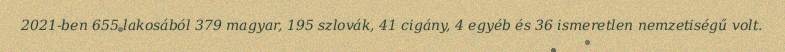
2021-ben 655 lakosából 379 magyar, 195 szlovák, 41 cigány, 4 egyéb és 36 ismeretlen nemzetiségű volt.